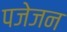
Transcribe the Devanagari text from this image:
पजेजन